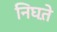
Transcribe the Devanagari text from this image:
निघत़े